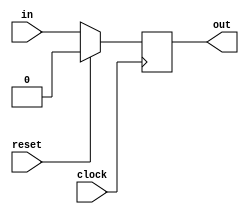
module RetimeShiftRegister
#(
    parameter WIDTH = 1,
    parameter STAGES = 1)
(
    input clock,
    input reset,
    input [WIDTH-1:0] in,
    output reg [WIDTH-1:0] out
);
  integer i;
  reg [WIDTH-1:0] sr[STAGES]; // Create 'STAGES' number of register, each 'WIDTH' bits wide

   /* synopsys dc_tcl_script_begin
    set_ungroup [current_design] true
    set_flatten true -effort high -phase true -design [current_design]
    set_dont_retime [current_design] false
    set_optimize_registers true -design [current_design]
    */
  always @(posedge clock) begin
    if (reset) begin
      for(i=0; i<STAGES; i=i+1) begin
        sr[i] <= {WIDTH{1'b0}};
      end
    end else begin
      sr[0] <= in;
      for(i=1; i<STAGES; i=i+1) begin
        sr[i] <= sr[i-1];
      end
    end
  end

  always @(*) begin
    out <= sr[STAGES-1];
  end
endmodule